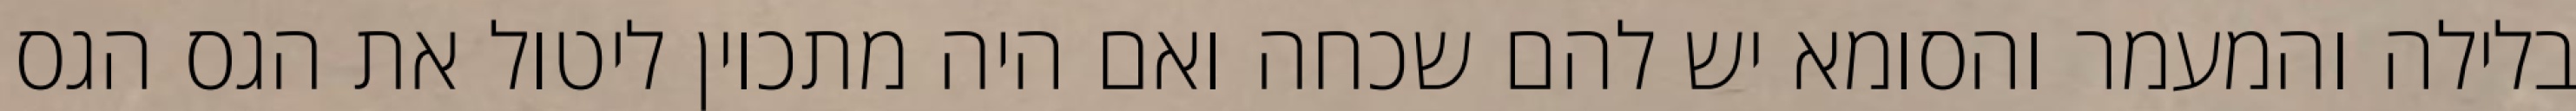
בלילה והמעמר והסומא יש להם שכחה ואם היה מתכוין ליטול את הגס הגס